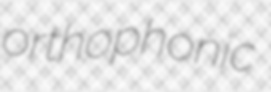
orthophonic